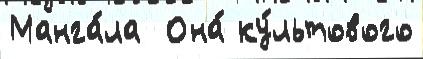
Манга́ла  Она́ ку́льтового